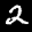
Label: 2